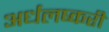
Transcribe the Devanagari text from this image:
अर्धलष्करी